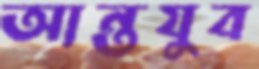
আন্তযুব